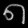
Digit: ၈